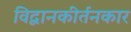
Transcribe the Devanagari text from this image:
विद्वानकीर्तनकार